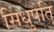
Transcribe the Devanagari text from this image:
सिंधुपति